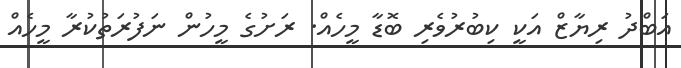
އަބްދު ރިޔާޒް އަކީ ކިބުރުވެރި ބޮޑާ މީހެއް. ރަށުގެ މީހުން ނަފުރަތުކުރާ މީހެއް